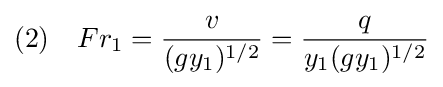
(2)\quad Fr_{1}={\frac {v}{(gy_{1})^{1/2}}}={\frac {q}{y_{1}(gy_{1})^{1/2}}}